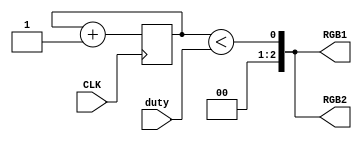
module pwm (
    input CLK,
    input [7:0] duty,
    //output reg pwm_out,
    output reg [2:0] RGB1 ,
    output reg [2:0] RGB2
    
    );
    integer i;

      reg [7:0] cnt = 8'b0;
    always @(posedge CLK)
     begin
       cnt <= cnt + 1;
    end

    always RGB1 = (cnt < duty);
    always RGB2 = (cnt < duty);

endmodule